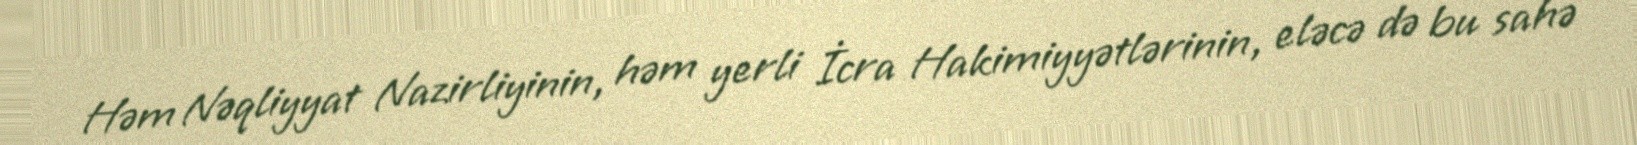
Həm Nəqliyyat Nazirliyinin, həm yerli İcra Hakimiyyətlərinin, eləcə də bu sahə